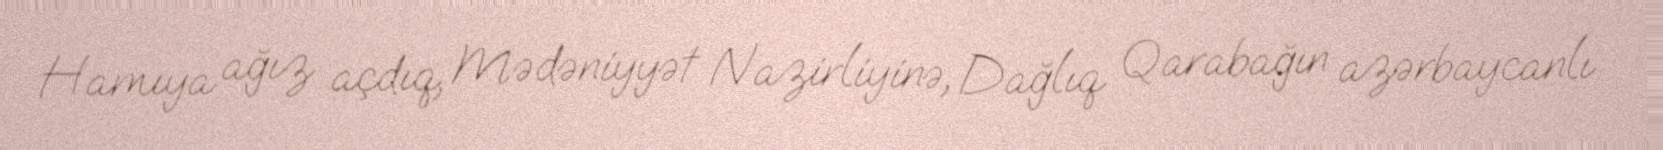
Hamıya ağız açdıq, Mədəniyyət Nazirliyinə, Dağlıq Qarabağın azərbaycanlı